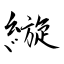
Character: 縼